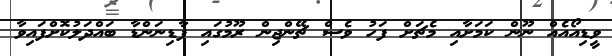
ވީޑިއޯއެއް ނޫން ކަމަށާއި މެޗަށް ފަހު ވެސް ޗޭންޖިން ރޫމުގައި ފާޑިނަންޑާ ބައްދަލުކޮށްފައިވާ